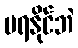
မရနိုင်ဘဲ